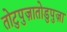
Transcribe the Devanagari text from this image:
तोटुपुज़ातोडुपुज़ा